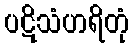
ပဋိသံဟရိတုံ